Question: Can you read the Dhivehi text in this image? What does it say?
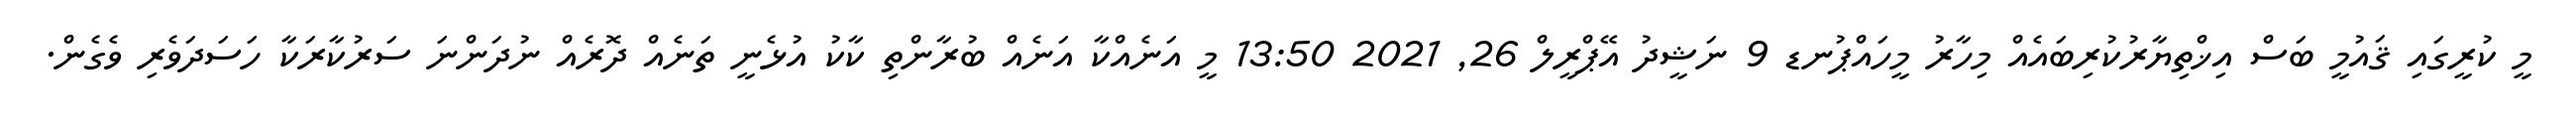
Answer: މީ ކުރީގައި ޤައުމީ ބަސް އިޚްތިޔާރުކުރިބައެއް މިހާރު މީހައްޕުނޑ 9 ނަޝީދު އޭޕްރީލް 26, 2021 13:50 މީ އަނެއްކާ އަނެއް ބުރާންތި ކާކު އުޅެނީ ތަނެއް ދޮރެއް ނުދަންނަ ސަރުކާރަކާ ހަސަދަވެރި ވެގެން.